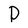
Character: D